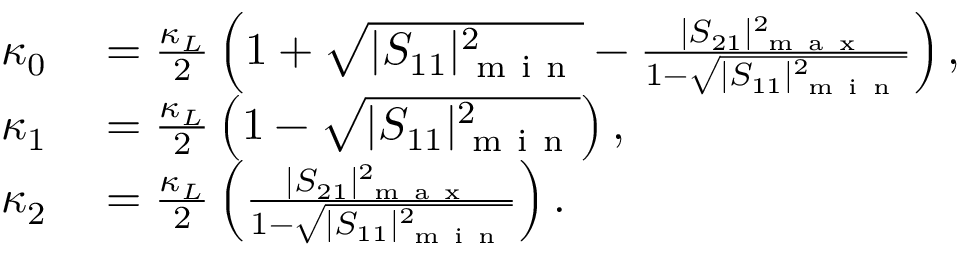
\begin{array} { r l } { \kappa _ { 0 } } & { { } = \frac { \kappa _ { L } } { 2 } \left( 1 + \sqrt { | S _ { 1 1 } | _ { \mathrm { ~ m ~ i ~ n ~ } } ^ { 2 } } - \frac { | S _ { 2 1 } | _ { \mathrm { ~ m ~ a ~ x ~ } } ^ { 2 } } { 1 - \sqrt { | S _ { 1 1 } | _ { \mathrm { ~ m ~ i ~ n ~ } } ^ { 2 } } } \right) , } \\ { \kappa _ { 1 } } & { { } = \frac { \kappa _ { L } } { 2 } \left( 1 - \sqrt { | S _ { 1 1 } | _ { \mathrm { ~ m ~ i ~ n ~ } } ^ { 2 } } \right) , } \\ { \kappa _ { 2 } } & { { } = \frac { \kappa _ { L } } { 2 } \left( \frac { | S _ { 2 1 } | _ { \mathrm { ~ m ~ a ~ x ~ } } ^ { 2 } } { 1 - \sqrt { | S _ { 1 1 } | _ { \mathrm { ~ m ~ i ~ n ~ } } ^ { 2 } } } \right) . } \end{array}